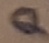
Text: Q